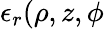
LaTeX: \epsilon_{r}(\rho,z,\phi